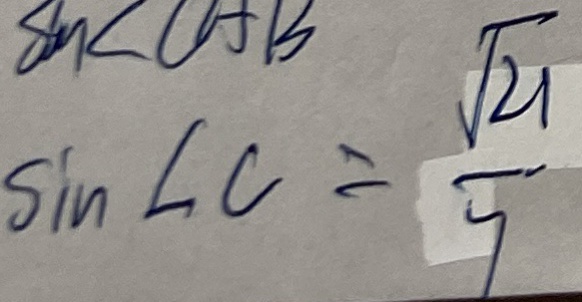
\sin \angle C = \frac { \sqrt { 2 1 } } { 7 }